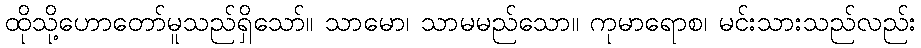
ထိုသို့ဟောတော်မူသည်ရှိသော်။ သာမော၊ သာမမည်သော။ ကုမာရောစ၊ မင်းသားသည်လည်း